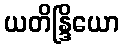
ယတိန္ဒြိယော